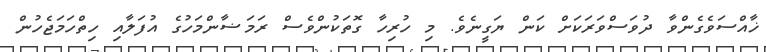
ޚާއްސަވެގެންވާ ދުވަސްވަރަކަށް ކަން ޔަގީނެވެ. މި ހުރިހާ ގޮތަކުންވެސް ރަމަޟާންމަހުގެ އުފަލާއި ހިތްހަމަޖެހުން